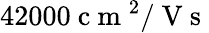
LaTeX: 42000\mathrm{~c~m~}^{2}/\mathrm{~V~s~}